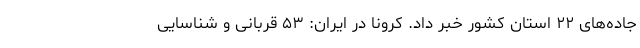
جاده‌های ۲۲ استان کشور خبر داد. کرونا در ایران: ۵۳ قربانی و شناسایی